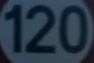
120